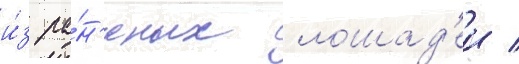
и́з ра́н'еных лошад'еи /